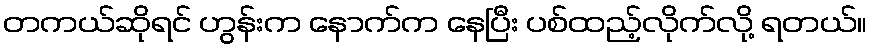
တကယ်ဆိုရင် ဟွန်းက နောက်က နေပြီး ပစ်ထည့်လိုက်လို့ ရတယ်။